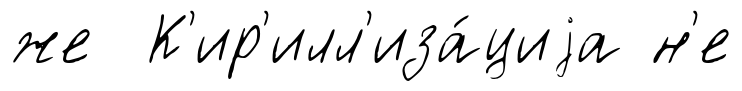
же К'ир'илл'иза́циjа н'е